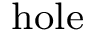
_ { \mathrm { h o l e } }